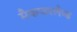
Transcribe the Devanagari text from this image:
मैकफरलैण्ड